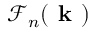
\boldsymbol { \mathcal { F } } _ { n } ( \textbf { k } )